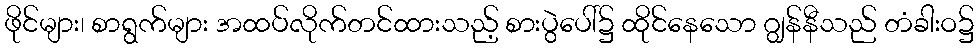
ဖိုင်များ၊ စာရွက်များ အထပ်လိုက်တင်ထားသည့် စားပွဲပေါ်၌ ထိုင်နေသော ဂျွန်နီသည် တံခါးဝ၌